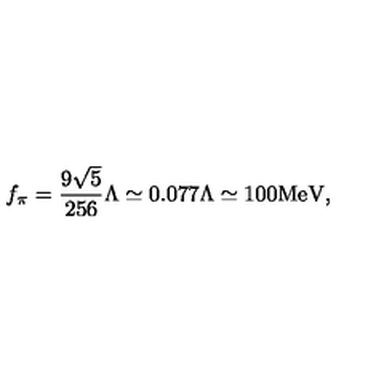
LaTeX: f _ { \pi } = \frac { 9 \sqrt { 5 } } { 2 5 6 } \Lambda \simeq 0 . 0 7 7 \Lambda \simeq 1 0 0 \mathrm { M e V } ,